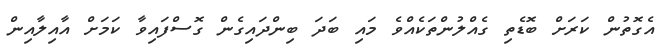
އެގޮތުން ކަރަށް ބޮޑެތި ގެއްލުންތަކެއްވެ މައި ބަދަ ބިންދައިގެން ގޮސްފައިވާ ކަމަށް އާއިލާއިން